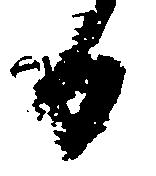
日